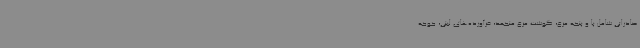
صادراتی شامل پا و پنجه مرغ، گوشت مرغ منجمد، فرآورده‌های لبنی، جوجه